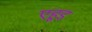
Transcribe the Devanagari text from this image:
एहूड